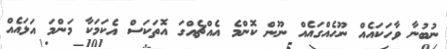
ނުބުނާ ވާހަކައެއް ނޫހެއްގައެއް ނޫން ކޮންމެ އެއްޗެއްގަ އޮތަކަސް އެކަމަކާ މަންމަ އަޅައެއް